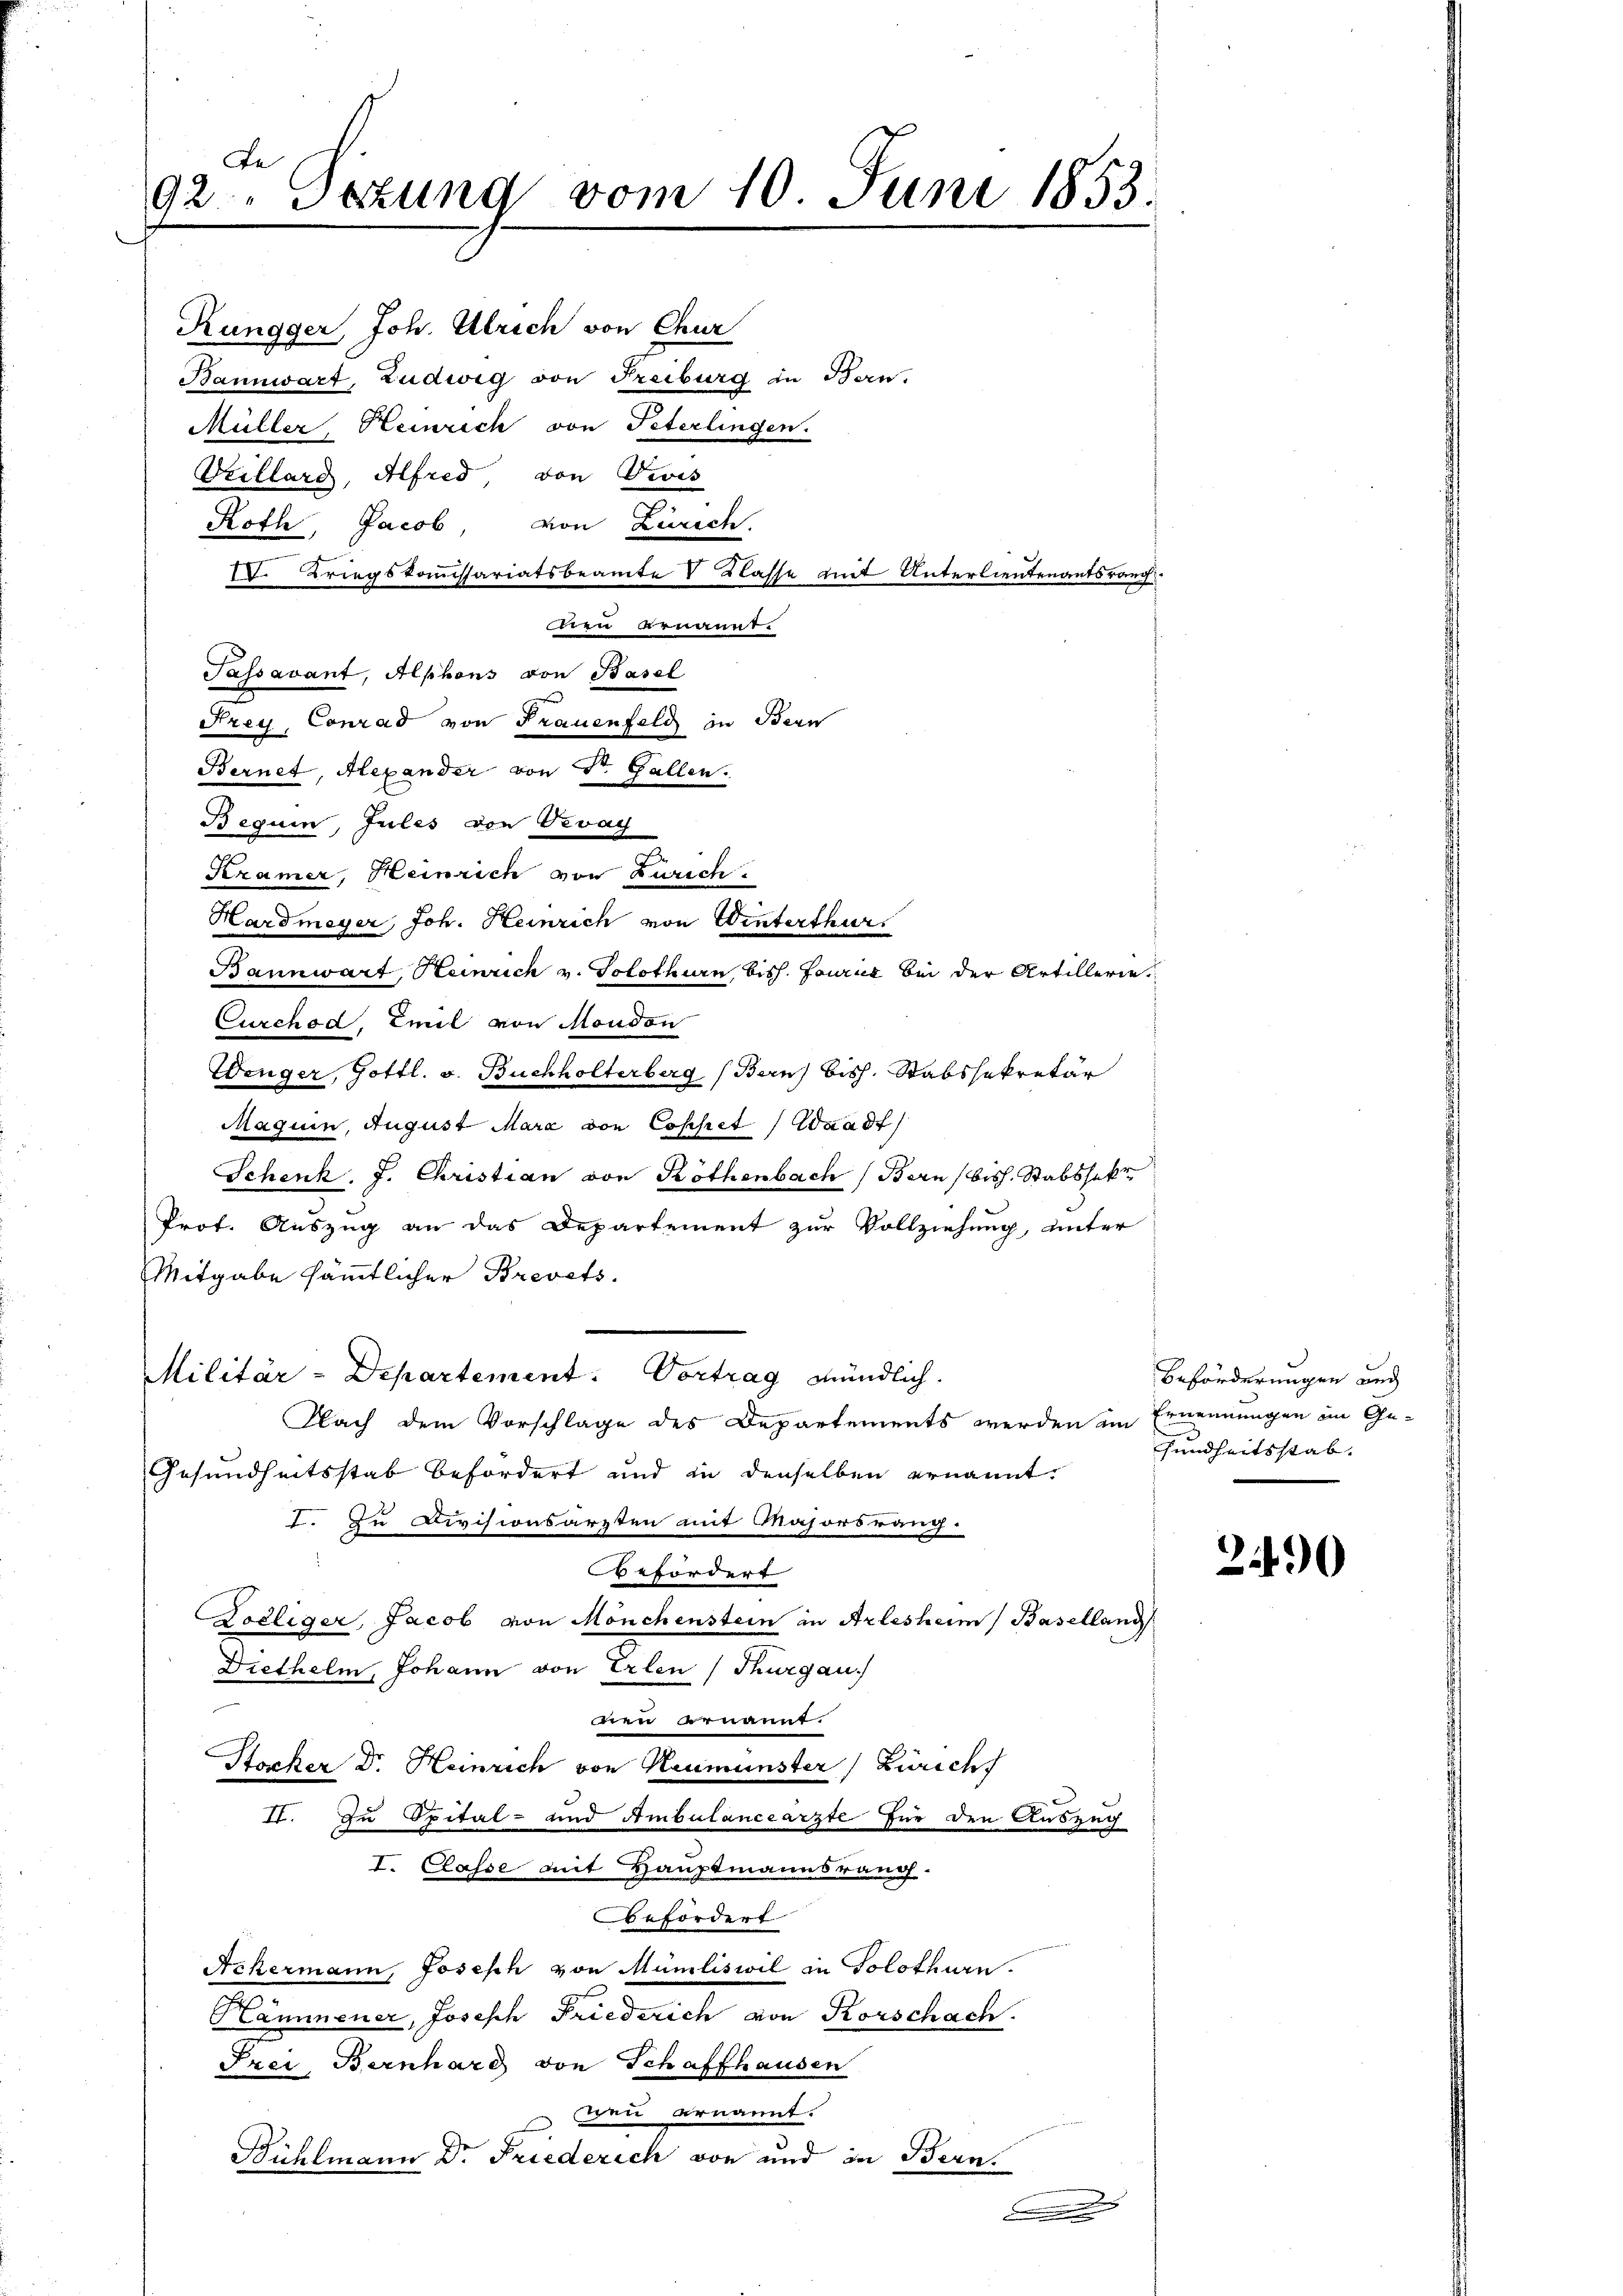
te
92. Sezung vom 10. Juni 1853.

Rungger, Joh. Ulrich von Chur
Bannwart, Ludwig von Freiburg in Bern.
Müller, Heinrich von Peterlingen.
Villard, Alfred, von Devis
Roth, Jacob, von Zürich.
IV. Kriegskommissariatsbeamte V Klasse mit Unterlieutenantsrang
dren ernannt.
Passavant, Alphons von Basel
Frey, Conrad von Frauenfeld in Bern
Bernet, Alexander von Dr. Gallen.
Beguin, Jules von Vevay
Teramer, Heinrich von Zürich
Hardmeyer, Joh. Heinrich von Winterthurs
Bannwart, Heinrich v. Solothurn, biss. Fourier bei der Artillerie
Curchod, Emil von Moudon
Wenger, Gottl. v. Buchholterberg (Bern bish. Stabssekretär
Maguin, August Mara von Cophet Waadt
Schenk. J. Christian von Köthenbach (Bern (bish. Stabshakt
Prof. Auszug an das Departement zur Vollziehung, unter
Mitgabe sämmtlicher Brevets.
Militär-Departement: Vortrag mündlich.
Nach dem Vorschlage des Departements werden im Ernennungen im Ge¬
Gesundheitsstab befordert und in denselben ernannt.
I. Zu Divisionsarzten mit Majorsrauch
befördert
olliger, Jacob von Mönchenstein in Arlesheim (Baselland
Diethelm, Johann von Erlen (Thurgau.
tien ernannt.
Stocker Dr. Heinrich von Neumünster Zürich
II. In Spital- und Ambulanceärzte für den Auszug
I. Classe mit Hauptmannsrang.
Befördert
Ackermann, Joseph von Mümliswil in Solothurn.
Hammener, Joseph Friederich von Korschach
Frei, Bernhard von Schaffhausen
Bei ernannt.
Bühlmann Dr Friederich von und in Bern.
x

d

Beförderungen auc
sundheitsstab. |

2490